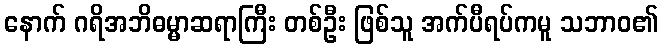
နောက် ဂရိအဘိဓမ္မာဆရာကြီး တစ်ဦး ဖြစ်သူ အက်ပီရပ်ကမူ သဘာဝ၏